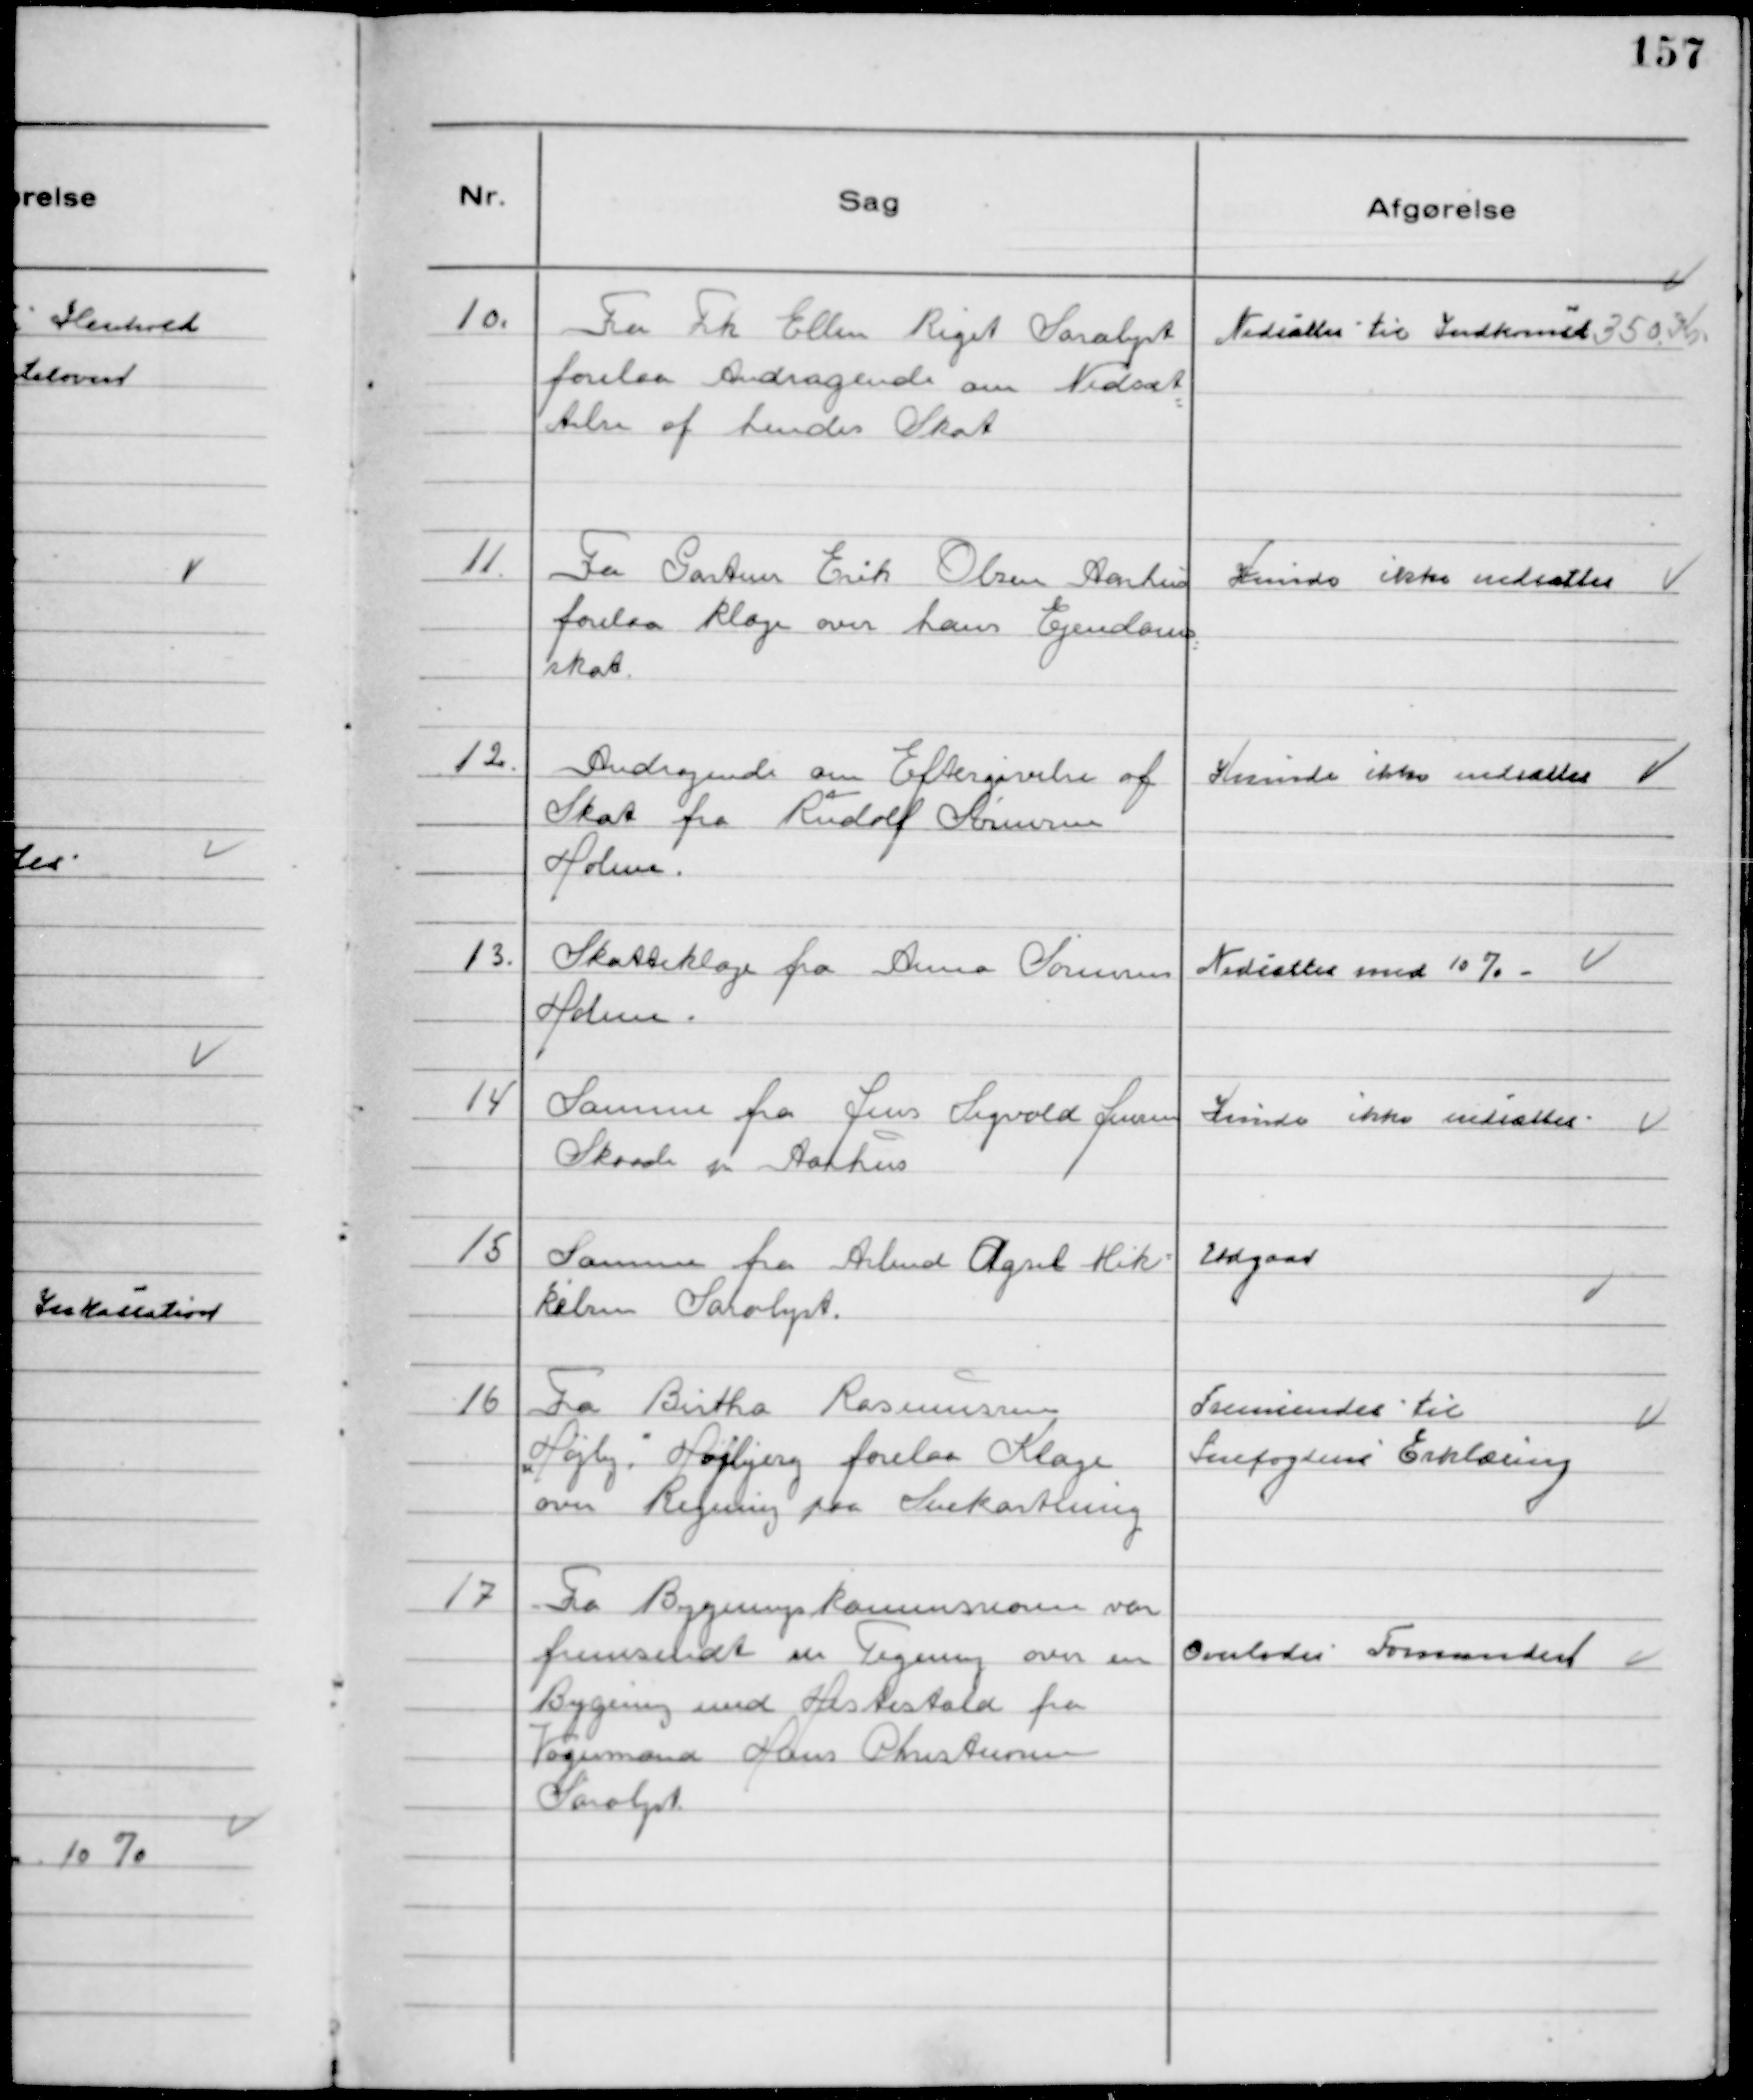
Transskription:
10.
Fra Frk Ellen Riget Saralyst
forelaa Andragende om Nedsæt-
telse af hendes Skat

Nedsattes til Indkomst 350 Kr

11.
Fra Gartner Erik Olsen Aarhus
forelaa Klage over hans Ejendoms-
skat.

Kunde ikke nedsættes

12.
Andragende om Eftergivelse af
Skat fra Rudolf Sørensen
Holme.

Kunde ikke nedsættes

13.
Skatteklage fra Anna Sørensen
Holme.

Nedsattes med 10 % -

14
Samme fra Jens Sigvald Jensen
Skaade v Aarhus

Kunde ikke nedsættes

15
Samme fra Arbmd Agsel Mik-
kelsen Saralyst.

Udgaar

16
Fra Birtha Rasmussen
"Højly," Højbjerg forelaa Klage
over Regning paa Snekastning

Fremsendes til
Snefogdens Erklæring

17
Fra Bygningskommissionen var
fremsendt en Tegning over en
Bygning med Hestestald fra
Vognmand Hans Christensen
Saralyst.

Overlodes Formanden